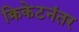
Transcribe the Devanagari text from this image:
क्रिकेटनंतर